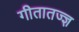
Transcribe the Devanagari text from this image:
गीतातज्ज्ञ